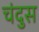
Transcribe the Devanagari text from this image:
चंदुस